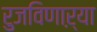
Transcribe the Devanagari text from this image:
रुजविणाऱ्या